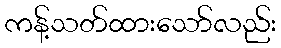
ကန့်သတ်ထားသော်လည်း